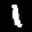
Label: 1